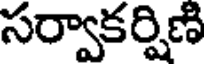
సర్వాకర్షిణి